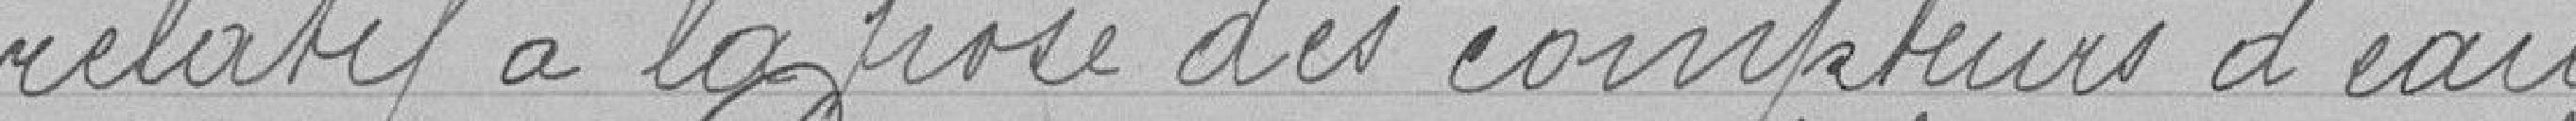
relatif à la pose des compteurs d'eau